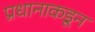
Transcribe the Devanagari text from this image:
प्रधानाकडून